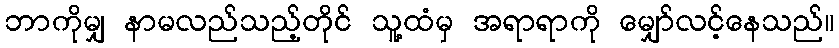
ဘာကိုမျှ နာမလည်သည့်တိုင် သူ့ထံမှ အရာရာကို မျှော်လင့်နေသည်။